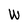
Character: W